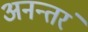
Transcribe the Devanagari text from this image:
अनन्तरं